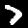
Label: 7